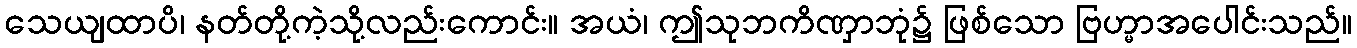
သေယျထာပိ၊ နတ်တို့ကဲ့သို့လည်းကောင်း။ အယံ၊ ဤသုဘကိဏှာဘုံ၌ ဖြစ်သော ဗြဟ္မာအပေါင်းသည်။